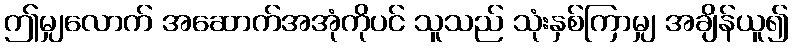
ဤမျှလောက် အဆောက်အအုံကိုပင် သူသည် သုံးနှစ်ကြာမျှ အချိန်ယူ၍